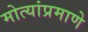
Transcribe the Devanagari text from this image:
मोत्यांप्रमाणे